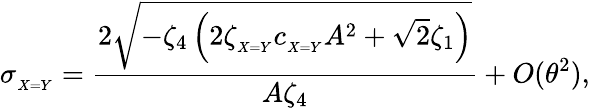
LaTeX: \sigma_{_{X=Y}}=\frac{2\sqrt{-\zeta_{4}\left(2\zeta_{_{X=Y}}c_{_{X=Y}}A^{2}+\sqrt{2}\zeta_{1}\right)}}{A\zeta_{4}}+O(\theta^{2}),